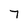
Character: 7